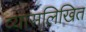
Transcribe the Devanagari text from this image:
व्यासलिखित